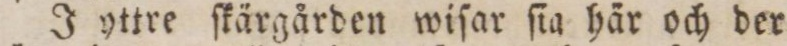
J yttre ſkärgården wiſar ſia här och der